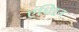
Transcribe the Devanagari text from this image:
एंधिरन